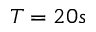
T = 2 0 s